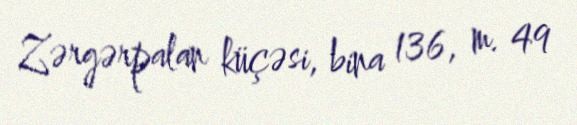
Zərgərpalan küçəsi, bina 136, m. 49